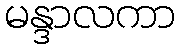
မန္ဒာလကာ